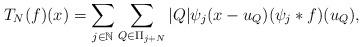
LaTeX: \begin{align*}T_{N}(f)(x)=\sum\limits_{j\in\mathbb N}\sum\limits_{Q\in\Pi_{j+N}}\vert Q\vert\psi_{j}(x-u_{Q})(\psi_{j}\ast f)(u_{Q}),\end{align*}